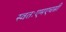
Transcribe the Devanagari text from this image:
स्वतःएमएचसी